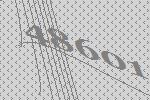
48601